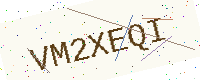
Text: VM2XEQI